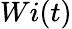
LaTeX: Wi(t)